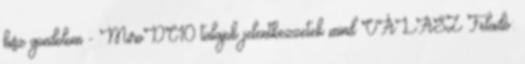
hisz gondolom - MiroDC10 tulajok jelentkezzetek mind VÁLASZ Feladó: